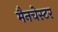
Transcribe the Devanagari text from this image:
मैनचेस्‍टर